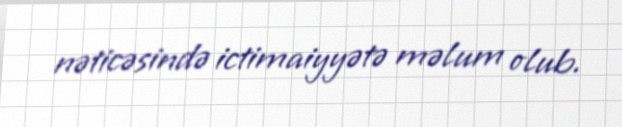
nəticəsində ictimaiyyətə məlum olub.